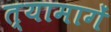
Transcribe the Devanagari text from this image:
त्यामागें